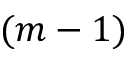
( m - 1 )